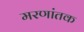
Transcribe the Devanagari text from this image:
मरणांतक